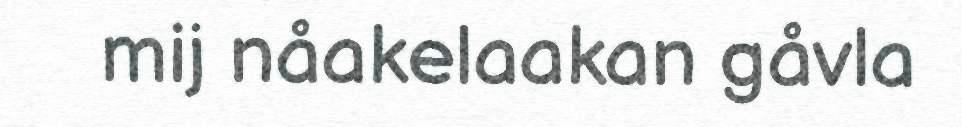
mij nåakelaakan gåvla